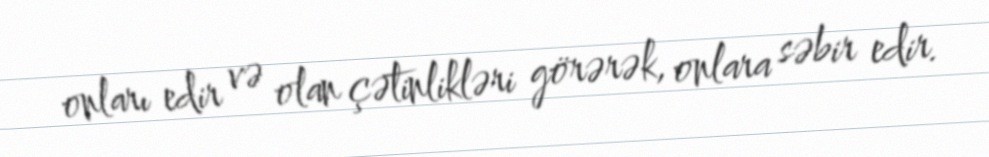
onları edir və olan çətinlikləri görərək, onlara səbir edir.